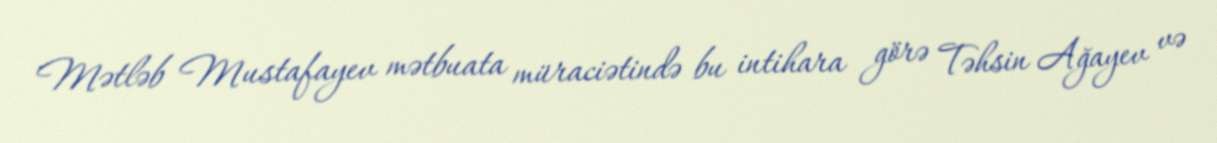
Mətləb Mustafayev mətbuata müraciətində bu intihara görə Təhsin Ağayev və